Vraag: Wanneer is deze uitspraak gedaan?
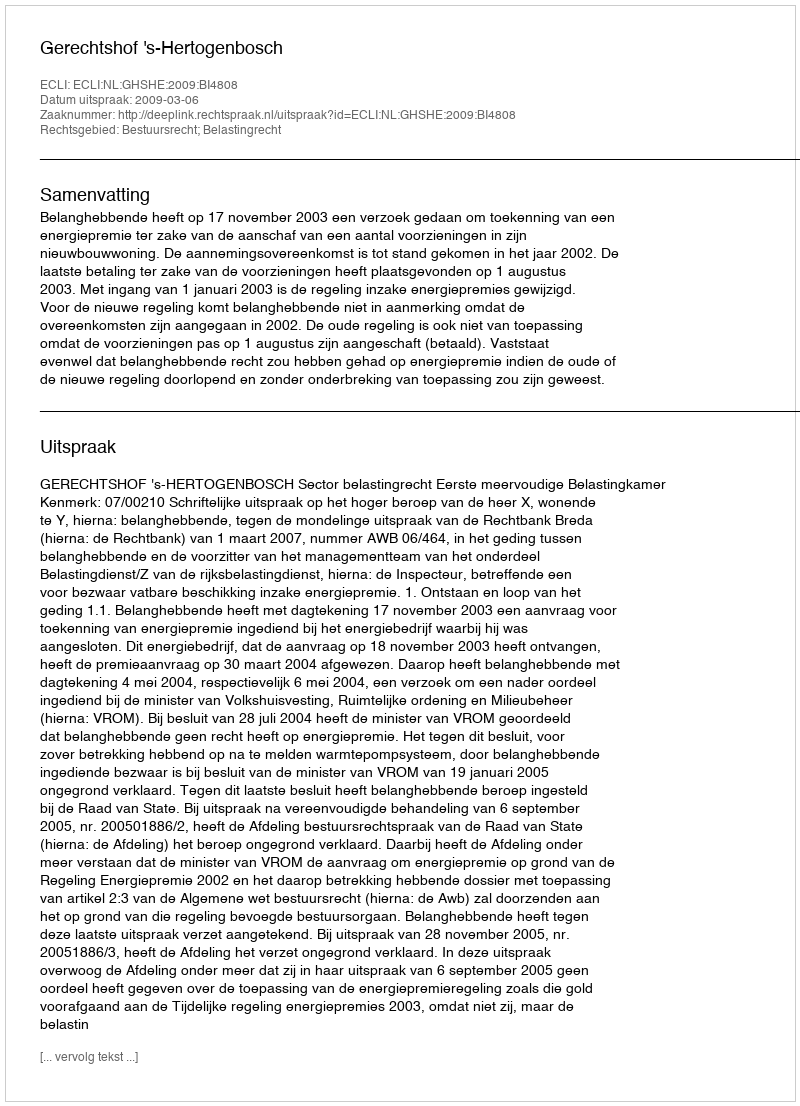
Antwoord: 2009-03-06